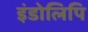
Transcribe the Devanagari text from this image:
इंडोलिपि